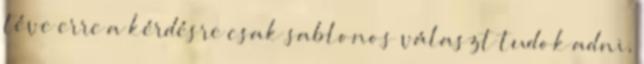
téve erre a kérdésre csak sablonos választ tudok adni,